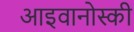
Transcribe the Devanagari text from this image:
आइवानोस्की